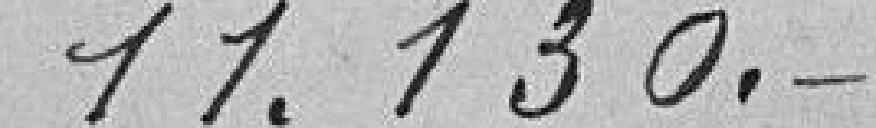
11.130 francs